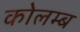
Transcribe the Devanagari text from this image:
कोलम्ब